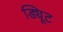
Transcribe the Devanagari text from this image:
ड्यिूट